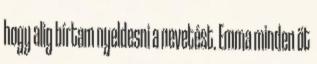
hogy alig bírtam nyeldesni a nevetést. Emma minden öt